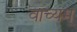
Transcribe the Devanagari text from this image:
वाच्यम्